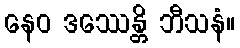
နေဝ ဒဿေန္တိ ဘီသနံ။